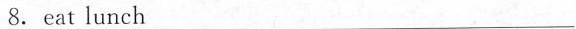
8.eat lunch___________________